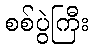
စစ်ပွဲကြီး